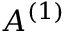
A ^ { ( 1 ) }